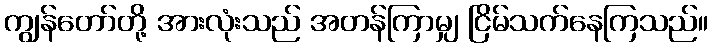
ကျွန်တော်တို့ အားလုံးသည် အတန်ကြာမျှ ငြိမ်သက်နေကြသည်။